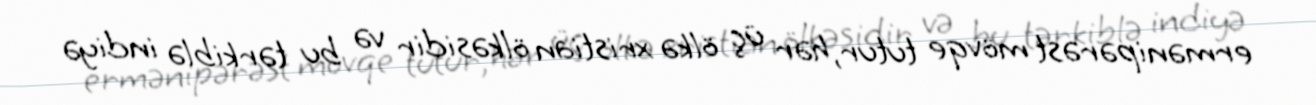
ermənipərəst mövqe tutur, hər üç ölkə xristian ölkəsidir və bu tərkiblə indiyə